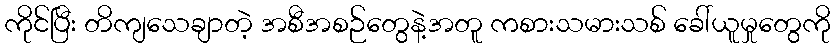
ကိုင်ပြီး တိကျသေချာတဲ့ အစီအစဉ်တွေနဲ့အတူ ကစားသမားသစ် ခေါ်ယူမှုတွေကို